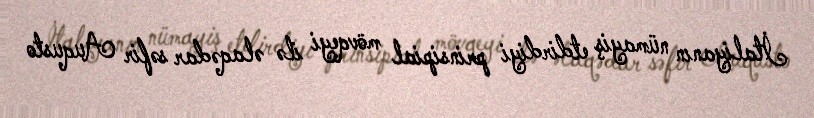
İtaliyanın nümayiş etdirdiyi prinsipial mövqeyi ilə əlaqədar səfir Auqusto